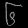
Digit: ၆